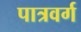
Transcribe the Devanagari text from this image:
पात्रवर्ग